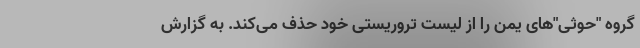
گروه "حوثی‌"‌های یمن را از لیست تروریستی خود حذف می‌کند. به گزارش